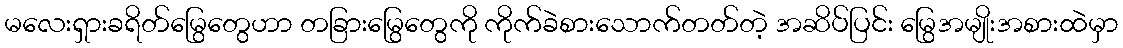
မလေးရှားခရိတ်မြွေတွေဟာ တခြားမြွေတွေကို ကိုက်ခဲစားသောက်တတ်တဲ့ အဆိပ်ပြင်း မြွေအမျိုးအစားထဲမှာ